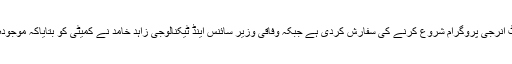
2014ء) سینیٹ کی قائمہ کمیٹی برائے سائنس اینڈ ٹیکنالوجی نے ملک کے تمام سرکاری اداروں میں آڈٹ انرجی پروگرام شروع کرنے کی سفارش کردی ہے جبکہ وفاقی وزیر سائنس اینڈ ٹیکنالوجی زاہد خامد نے کمیٹی کو بتایاکہ موجودہ حکومت توانائی کے مسئلہ پر قابو پانے کے لئے شمسی توانائی کے منصوبوں پر بھی کام کر رہی ہے ۔